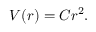
V ( r ) = C r ^ { 2 } . \,